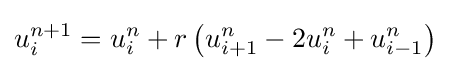
u_{i}^{n+1}=u_{i}^{n}+r\left(u_{i+1}^{n}-2u_{i}^{n}+u_{i-1}^{n}\right)